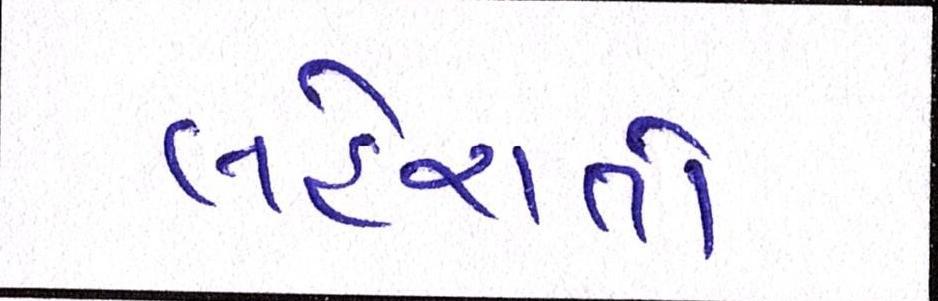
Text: લહેરાતો